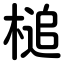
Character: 槌